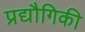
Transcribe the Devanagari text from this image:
प्रद्यौगिकी